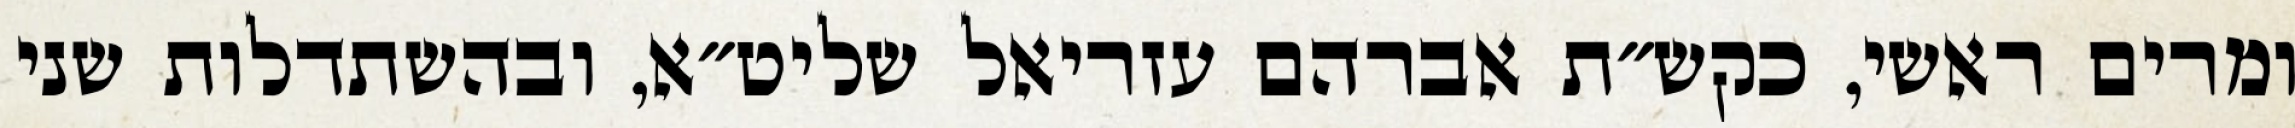
ומרים ראשי, כקש״ת אברהם עזריאל שליט״א, ובהשתדלות שני